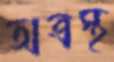
অত্রস্থ